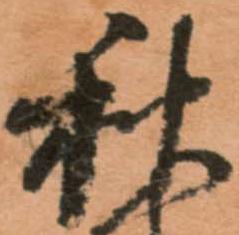
秋